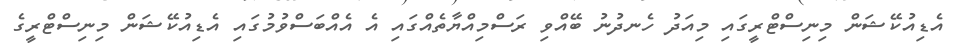
އެޑިއުކޭޝަން މިނިސްޓްރީގައި މިއަދު ހެނދުނު ބޭއްވި ރަސްމިއްޔާތެއްގައި އެ އެއްބަސްވުމުގައި އެޑިއުކޭޝަން މިނިސްޓްރީގެ